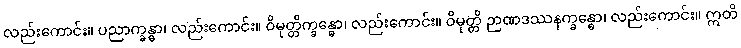
လည်းကောင်း။ ပညာက္ခန္ဓာ၊ လည်းကောင်း။ ဝိမုတ္တိက္ခန္ဓော၊ လည်းကောင်း။ ဝိမုတ္တိ ဉာဏဒဿနက္ခန္ဓော၊ လည်းကောင်း။ ဣတိ